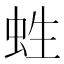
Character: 﨡